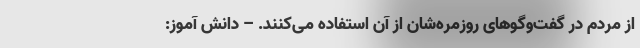
از مردم در گفت‌وگوهای روزمره‌شان از آن استفاده می‌کنند. – دانش آموز: